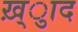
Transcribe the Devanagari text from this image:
ख़्ुाद